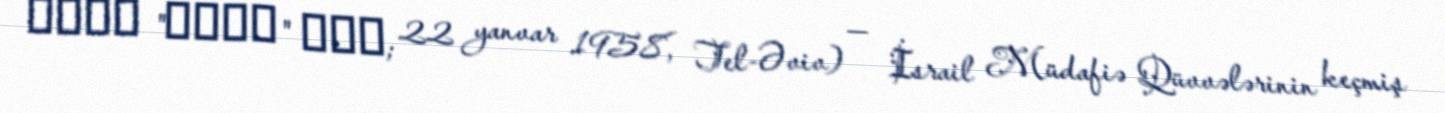
אהוד "אודי" אדם; 22 yanvar 1958, Tel-Əviv) — İsrail Müdafiə Qüvvələrinin keçmiş